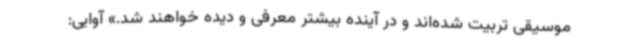
موسیقی تربیت شده‌اند و در آینده بیشتر معرفی و دیده خواهند شد.» آوایی: